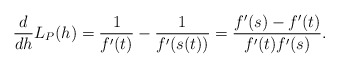
\begin{align*} \begin{aligned}\frac{d}{dh}L_P(h)=\frac{1}{f'(t)}-\frac{1}{f'(s(t))}=\frac{f'(s)-f'(t)}{f'(t)f'(s)}. \end{aligned} \end{align*}